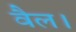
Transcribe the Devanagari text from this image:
वैल।